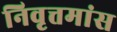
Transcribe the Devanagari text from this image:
निवृत्तमांस